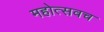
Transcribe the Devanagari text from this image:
महोत्सवच